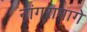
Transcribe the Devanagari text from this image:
नांगरामागे